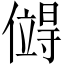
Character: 𪝯